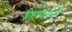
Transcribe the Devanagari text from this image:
प्रेमचन्दजी